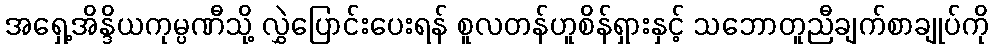
အရှေ့အိန္ဒိယကုမ္ပဏီသို့ လွှဲပြောင်းပေးရန် စူလတန်ဟူစိန်ရှားနှင့် သဘောတူညီချက်စာချုပ်ကို